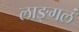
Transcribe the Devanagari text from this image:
लाङ्गलं